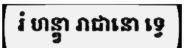
រំ ហន្ត្វា រាជានោ ទ្វេ